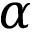
\alpha